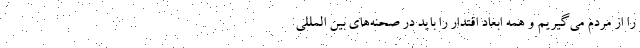
را از مردم می‌گیریم و همه ابعاد اقتدار را باید در صحنه‌های بین المللی